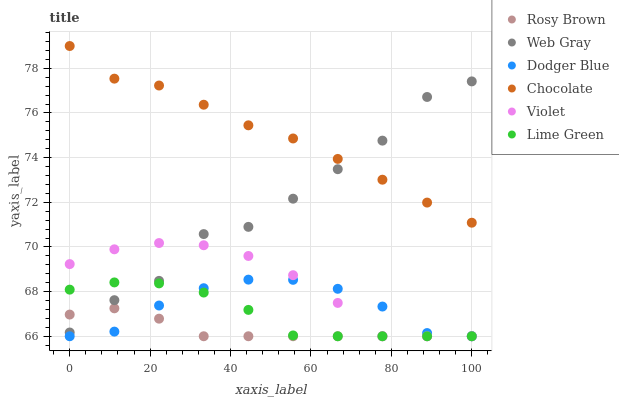
| xaxis_label | Rosy Brown | Web Gray | Dodger Blue | Chocolate | Violet | Lime Green |
 | --- | --- | --- | --- | --- | --- | --- |
 | 0 | 67 | 66.2 | 66 | 79 | 69.2 | 68.1 |
 | 11.1 | 67.3 | 67.6 | 66.2 | 77.5 | 69.9 | 68.4 |
 | 22.2 | 66.8 | 68.5 | 67.4 | 77.2 | 70.2 | 68.4 |
 | 33.3 | 66 | 70.6 | 68.2 | 76.4 | 70.1 | 68 |
 | 44.4 | 66 | 70.9 | 68.5 | 75.4 | 69.6 | 67.2 |
 | 55.6 | 66 | 72.2 | 68.5 | 74.9 | 68.7 | 66 |
 | 66.7 | 66 | 73.5 | 68.1 | 73.9 | 67.5 | 66 |
 | 77.8 | 66 | 74.8 | 67.3 | 73 | 66 | 66 |
 | 88.9 | 66 | 76.7 | 66.1 | 72 | 66 | 66 |
 | 100 | 66 | 77.4 | 66 | 71.1 | 66 | 66 |